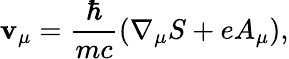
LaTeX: \mathbf{v}_{\mu}=\frac{{\hbar}}{{mc}}\left(\nabla_{\mu}S+eA_{\mu}\right),